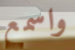
واسمع